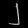
Digit: ၂